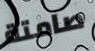
صامتة